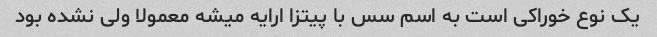
یک نوع خوراکی است به اسم سس با پیتزا ارایه میشه معمولا ولی نشده بود